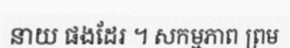
នាយ ផងដែរ ។ សកម្មភាព ព្រម